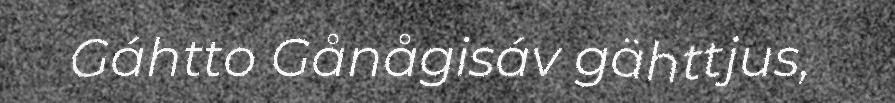
Gáhtto Gånågisáv gähttjus,